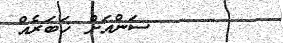
ސަންއަށް ޚަބަރެއް